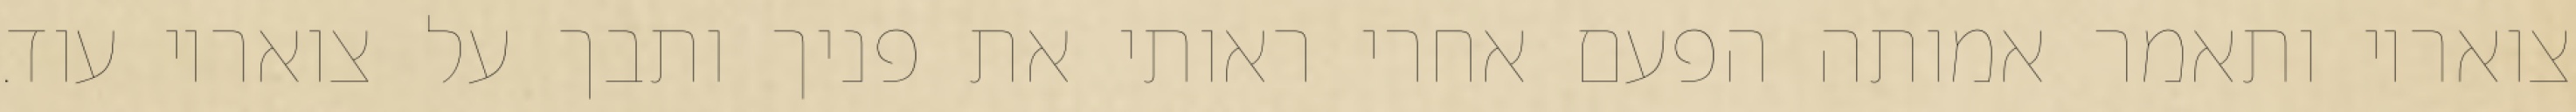
צואריו ותאמר אמותה הפעם אחרי ראותי את פניך ותבך על צואריו עוד.